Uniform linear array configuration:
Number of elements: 16
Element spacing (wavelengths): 1
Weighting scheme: kaiser
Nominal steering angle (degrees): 30
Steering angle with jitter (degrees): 29.979
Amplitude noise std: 0.05
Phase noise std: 0.05

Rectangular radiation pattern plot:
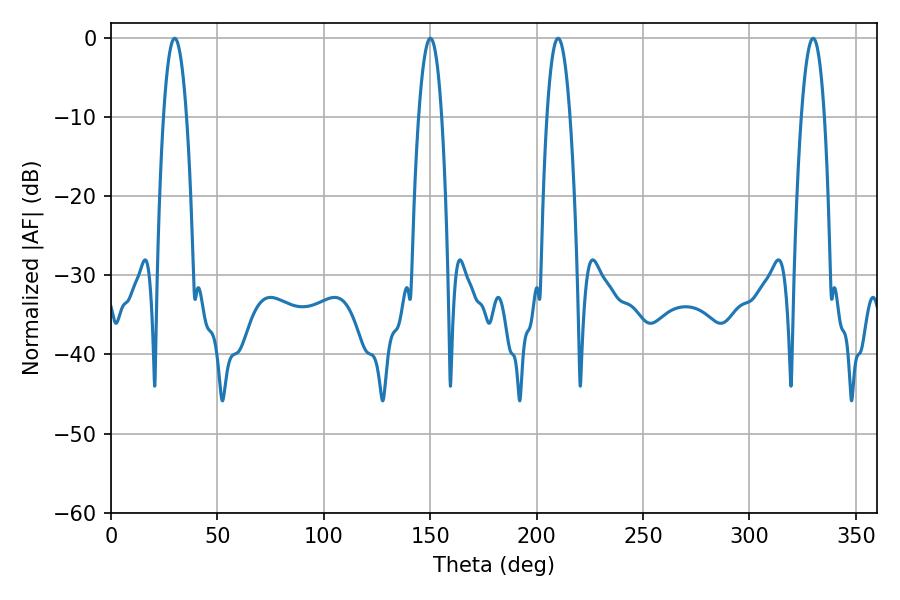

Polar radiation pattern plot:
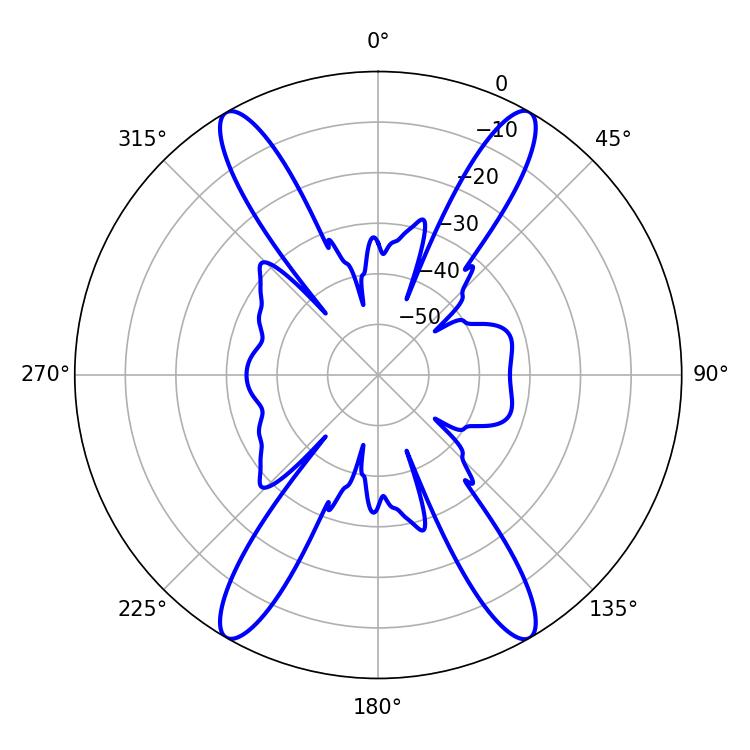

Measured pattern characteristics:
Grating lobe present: TRUE
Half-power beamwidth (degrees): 5.94
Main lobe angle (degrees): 329.94